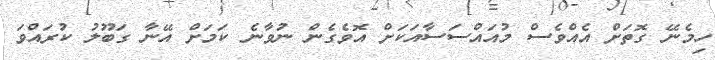
ހިމެނޭ ގޮތަށް އެއްވެސް މުއައްސަސާއަކަށް އޮވެގެން ނުވާނެ ކަމަށް އޭނާ ގަބޫލު ކުރައްވަ